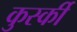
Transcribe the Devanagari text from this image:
कुर्स्की